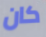
كان